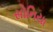
સોનિયા